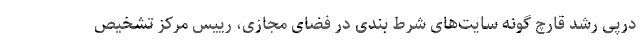
درپی رشد قارچ گونه سایت‌های شرط بندی در فضای مجازی، رییس مرکز تشخیص